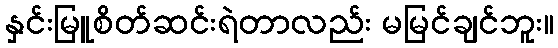
နှင်းမြူစိတ်ဆင်းရဲတာလည်း မမြင်ချင်ဘူး။